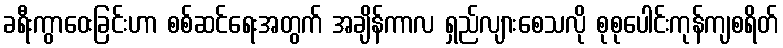
ခရီးကွာဝေးခြင်းဟာ စစ်ဆင်ရေးအတွက် အချိန်ကာလ ရှည်လျားစေသလို စုစုပေါင်းကုန်ကျစရိတ်